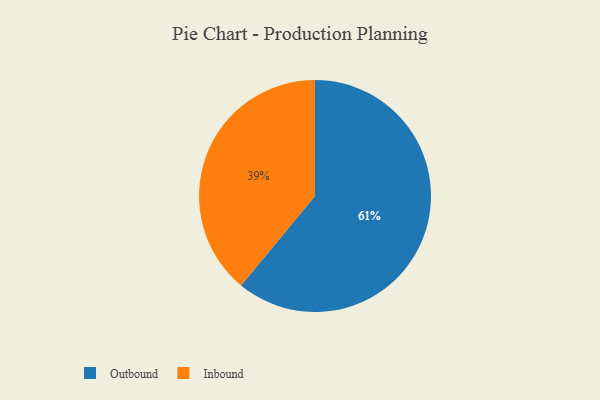
{"axis": {"x": "Category", "y": "Percentage"}, "legend": ["Inbound", "Outbound"], "data": [{"x": "Outbound", "y": 61, "type": "Outbound"}, {"x": "Inbound", "y": 39, "type": "Inbound"}]}